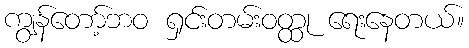
ကျွန်တော့်ဘဝ ရှင်းတမ်းဝတ္ထု ရေးနေတယ်။